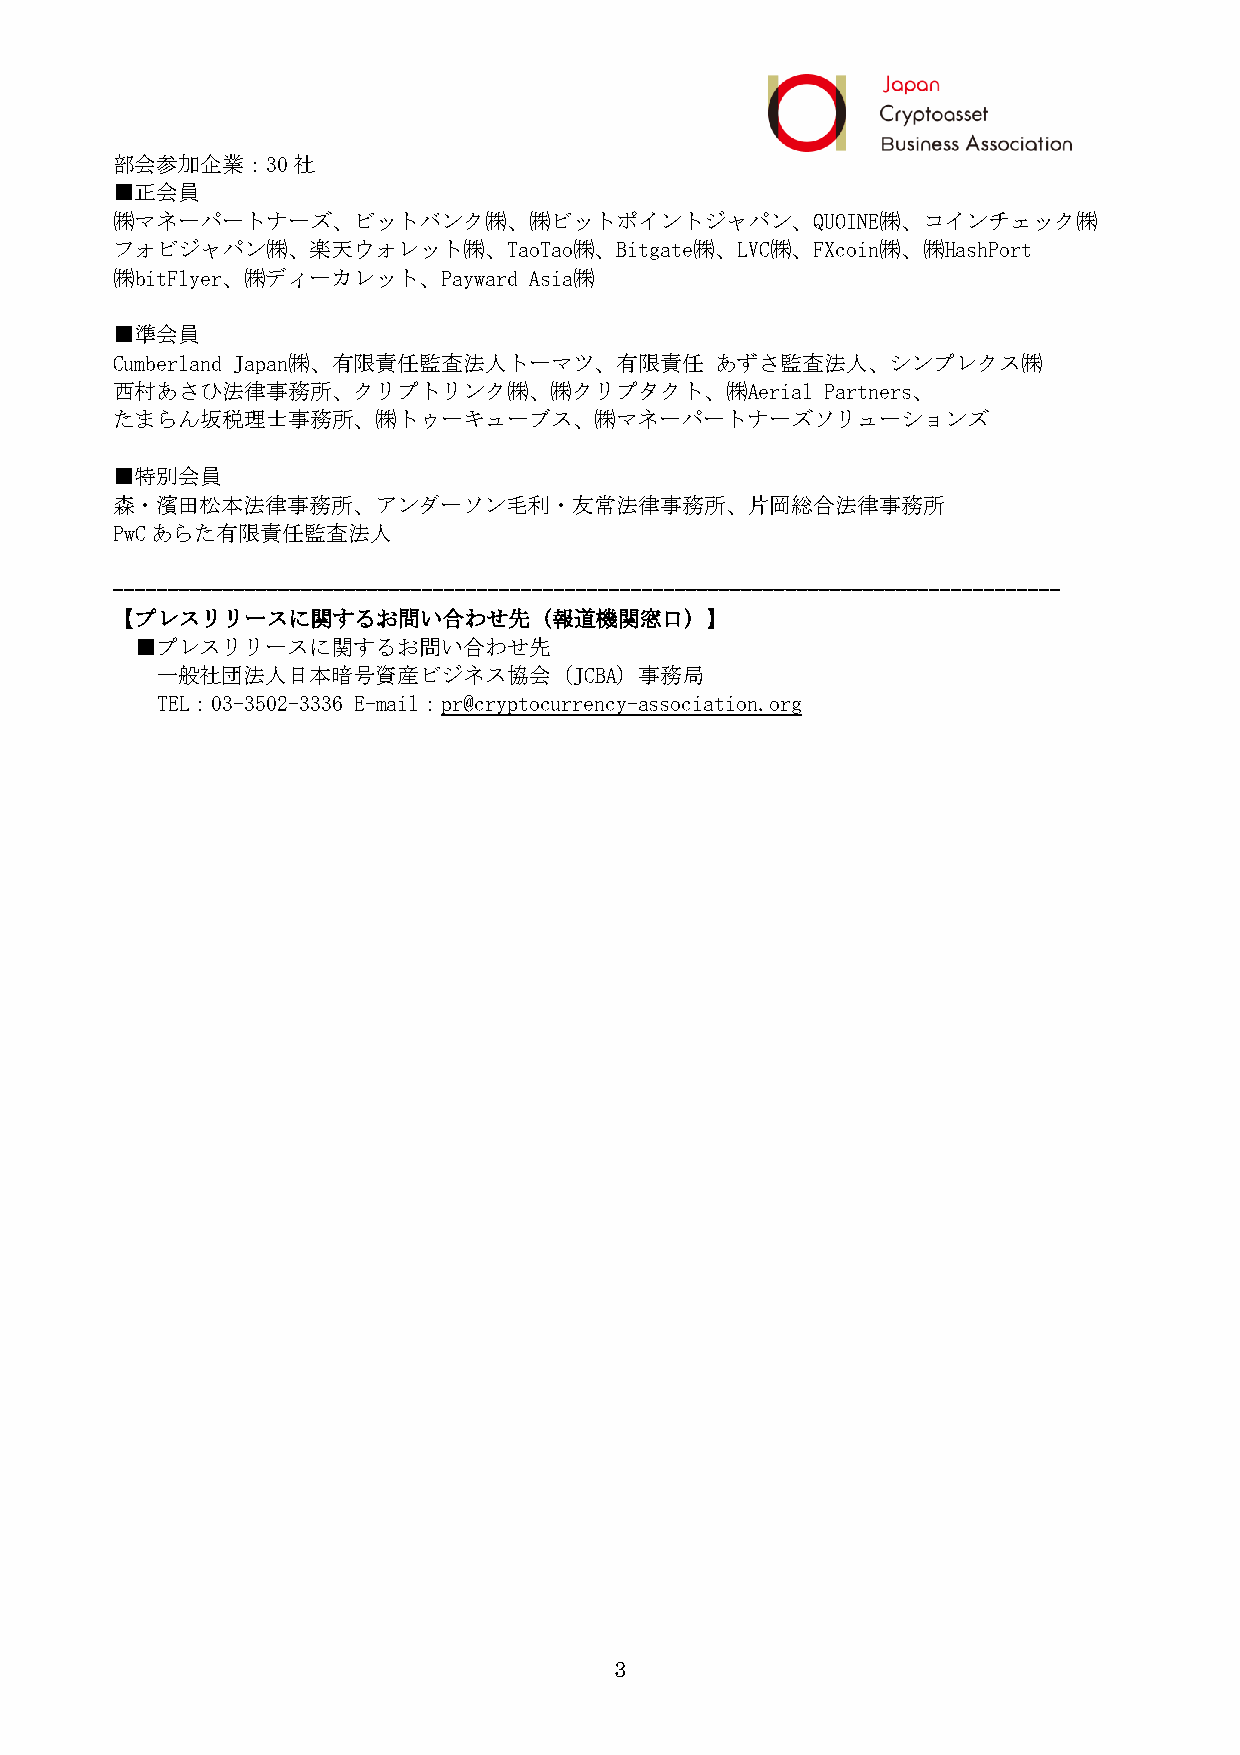
部会参加企業：30社
 ■正会員
 ㈱マネーパートナーズ、ビットバンク㈱、㈱ビットポイントジャパン、QUOINE㈱、コインチェック㈱
 フォビジャパン㈱、楽天ウォレット㈱、TaoTao㈱、Bitgate㈱、LVC㈱、FXcoin㈱、㈱HashPort
 ㈱bitFlyer、㈱ディーカレット、Payward  Asia㈱
 ■準会員
 Cumberland Japan㈱、有限責任監査法人トーマツ、有限責任     あずさ監査法人、シンプレクス㈱
 西村あさひ法律事務所、クリプトリンク㈱、㈱クリプタクト、㈱Aerial             Partners、
 たまらん坂税理士事務所、㈱トゥーキューブス、㈱マネーパートナーズソリューションズ
 ■特別会員
 森・濱田松本法律事務所、アンダーソン毛利・友常法律事務所、片岡総合法律事務所
 PwCあらた有限責任監査法人
 --------------------------------------------------------------------------------------
 【プレスリリースに関するお問い合わせ先（報道機関窓口）】
 ■プレスリリースに関するお問い合わせ先
 一般社団法人日本暗号資産ビジネス協会（JCBA）事務局
 TEL：03-3502-3336 E-mail：pr@cryptocurrency-association.org
 3